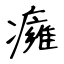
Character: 癕